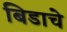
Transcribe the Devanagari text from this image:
बिडाचे